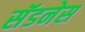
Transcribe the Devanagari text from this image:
सॅडनेस